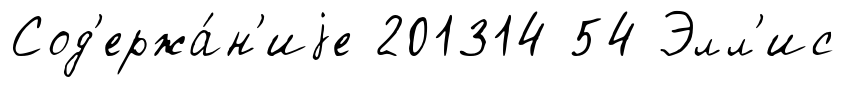
Сод'ержа́н'иjе 201314 54 Элл'ис